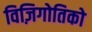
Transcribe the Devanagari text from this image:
विज़िगोतिको